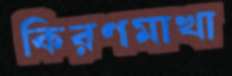
কিরণমাখা